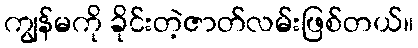
ကျွန်မကို ခိုင်းတဲ့ဇာတ်လမ်းဖြစ်တယ်။